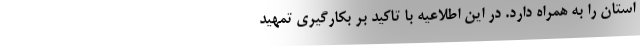
استان را به همراه دارد. در این اطلاعیه با تاکید بر بکارگیری تمهید